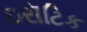
ઇરૉટિક